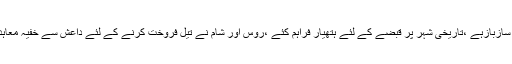
جبکہ حقیقت یہ ہے کہ سب سے خونخوار تنظیم داعش سے شامی صدر کا سازبازہے ،تاریخی شہر پر قبضے کے لئے ہتھیار فراہم کئے ،روس اور شام نے تیل فروخت کرنے کے لئے داعش سے خفیہ معاہدہ کر رکھا ہے ،یہ میں نے نہیں برطانوی اخبار ’’اسکائی ،،کا دعوی ہے ۔